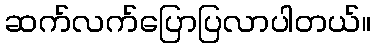
ဆက်လက်ပြောပြလာပါတယ်။